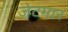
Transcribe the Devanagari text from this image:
जेटमार